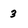
Character: 3